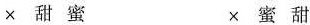
×甜蜜 ×蜜甜